Vaccination in Bombay 1869-1873 - 1869-1873
Year: 1869
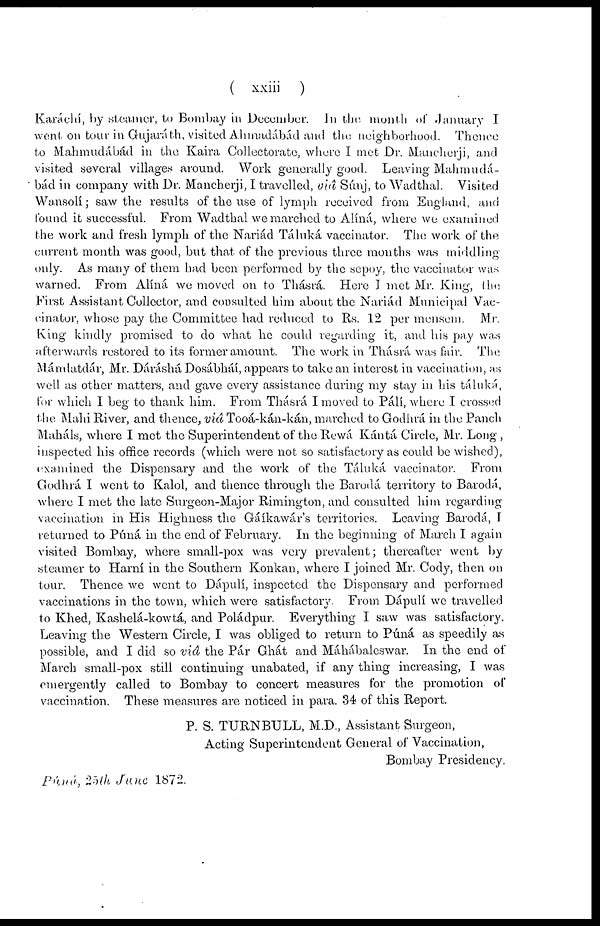
( xxiii )
Karáchí, by steamer, to Bombay in December. In the month of January I
went on tour in Gujaráth, visited Ahmadábád and the neighborhood. Thence
to Mahmudábád in the Kaira Collectorate, where I met Dr. Mancherji, and
visited several villages around. Work generally good. Leaving Mahmudá-
bád in company with Dr. Mancherji, I travelled, viâ Súnj, to "Wadthal. Visited
Wansolí; saw the results of the use of lymph received from England, and
found it successful. From Wadthal we marched to Alíná, where we examined
the work and fresh lymph of the Nariád Táluká vaccinator. The work of the
current month was good, but that of the previous three months was middling
only. As many of them had been performed by the sepoy, the vaccinator was
warned. From Alíná we moved on to Thásrá. Here I met Mr. King, t he
First Assistant Collector, and consulted him about the Nariád Municipal Vac-
cinator, whose pay the Committee had reduced to Rs. 12 per mensem. Mr.
King kindly promised to do what he could regarding it, and his pay was
afterwards restored to its former amount. The work in Thásrá was fair. The
Mámlatdár, Mr. Dáráshá Dosábháí, appears to take an interest in vaccination, as
well as other matters, and gave every assistance during my stay in his táluká,
for which I beg to thank him. From Thásrá I moved to Pálí, where I crossed
the Mahi River, and thence, viâ Tooá-kán-kán, marched to Godhrá in the Panch
Maháls, where I met the Superintendent of the Rewá Kántá Circle, Mr. Long ,
inspected his office records (which were not so satisfactory as could be wished),
examined the Dispensary and the work of the Táluká vaccinator. From
Godhrá I went to Kalol, and thence through the Barodá territory to Barodá,
where I met the late Surgeon-Major Rimington, and consulted him regarding
vaccination in His Highness the Gáíkawár's territories. Leaving Barodá, I
returned to Púná in the end of February. In the beginning of March I again
visited Bombay, where small-pox was very prevalent; thereafter went by
steamer to Harní in the Southern Konkan, where I joined Mr. Cody, then on
tour. Thence we went to Dápulí, inspected the Dispensary and performed
vaccinations in the town, which were satisfactory. From Dápulí we travelled
to Khed, Kashelá-kowtá, and Poládpur. Everything I saw was satisfactory.
Leaving the Western Circle, I was obliged to return to Púná as speedily as
possible, and I did so viâ the Pár Ghát and Máhábaleswar. In the end of
March small-pox still continuing unabated, if any thing increasing, I was
emergently called to Bombay to concert measures for the promotion of
vaccination. These measures are noticed in para. 34 of this Report.
P. S. TURNBULL, M.D., Assistant Surgeon,
Acting Superintendent General of Vaccination,
Bombay Presidency.
Púná, 25th June 1872.